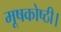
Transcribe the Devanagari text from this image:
मूषकोष्ठी।